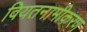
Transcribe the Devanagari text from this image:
वियतनामीकरण